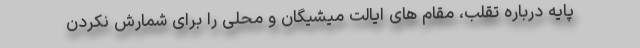
پایه درباره تقلب، مقام های ایالت میشیگان و محلی را برای شمارش نکردن